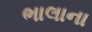
ભાલાના